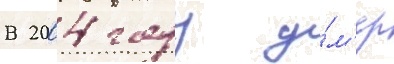
В 2004 году у́м'ер